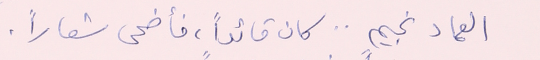
العماد نجيم .. كان قائداً فأضحى شعاراً.